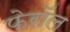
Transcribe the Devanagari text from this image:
फेरॉल